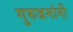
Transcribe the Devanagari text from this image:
गुरुजनांनी